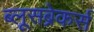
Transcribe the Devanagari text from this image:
ब्लूसब्रेकर्स